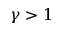
\gamma > 1